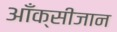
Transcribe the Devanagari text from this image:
आँक्सीजान